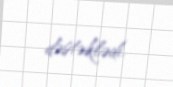
dəstəklədi.